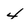
Character: 4